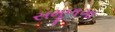
સમૂળગા